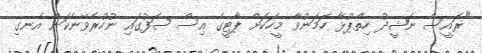
"ރައީސް ނަޝީދު ހިތްޕުޅާ ހަމަނުވާ މީހަކަށް ޕާޓީގެ އިސް ސަފުގައި ނުހުރެވޭނެކަން އެނގި